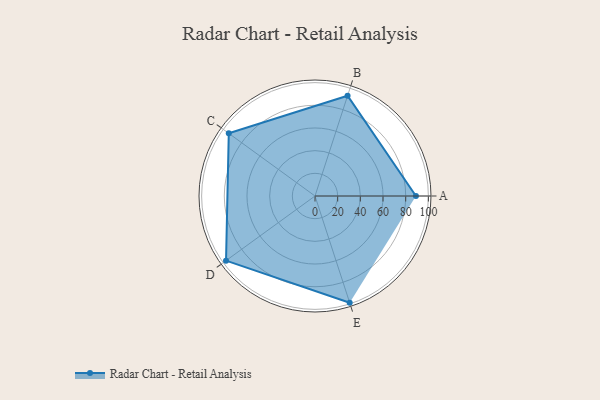
{"axis": {"x": "Skill", "y": "Score"}, "legend": ["Profile"], "data": [{"x": "A", "y": 89.0, "type": "Profile"}, {"x": "B", "y": 93.0, "type": "Profile"}, {"x": "C", "y": 94.0, "type": "Profile"}, {"x": "D", "y": 97.0, "type": "Profile"}, {"x": "E", "y": 99, "type": "Profile"}]}